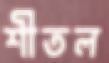
শীতল